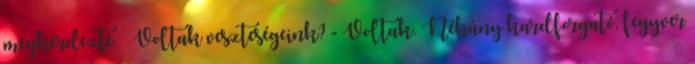
megkérdezte. – Voltak veszteségeink? - Voltak. Néhány kardforgató, fegyver